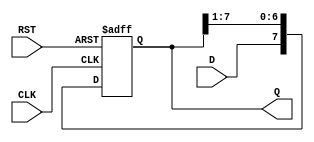
module ShiftRegister #(
    parameter N = 8  // Width of the shift register
)(
    input wire D,               // Data input
    input wire CLK,             // Clock signal
    input wire RST,             // Reset signal
    output reg [N-1:0] Q        // Data output
);

// Synchronous logic for the shift register
always @(posedge CLK or posedge RST) begin
    if (RST) begin
        Q <= {N{1'b0}};  // Reset the register to all zeros
    end else begin
        Q <= {D, Q[N-1:1]};  // Shift right and input new data
    end
end

endmodule